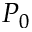
P _ { 0 }